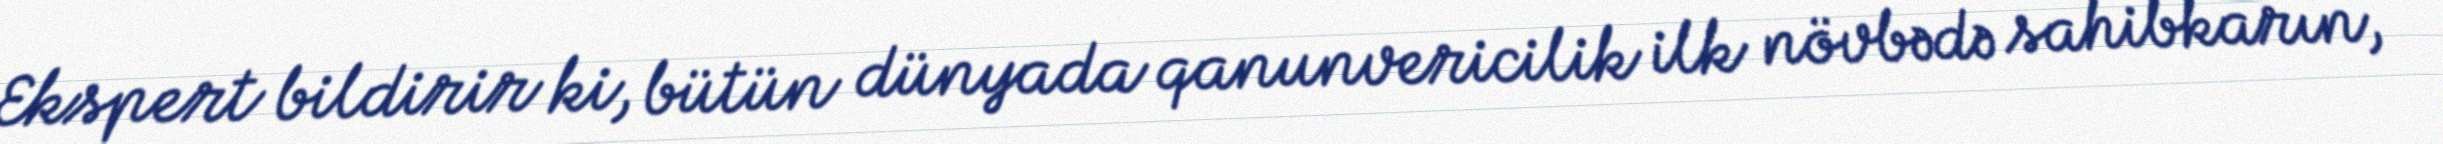
Ekspert bildirir ki, bütün dünyada qanunvericilik ilk növbədə sahibkarın,